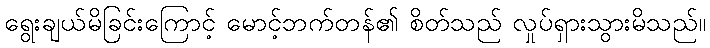
ရွေးချယ်မိခြင်းကြောင့် မောင့်ဘက်တန်၏ စိတ်သည် လှုပ်ရှားသွားမိသည်။